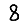
Digit: 8